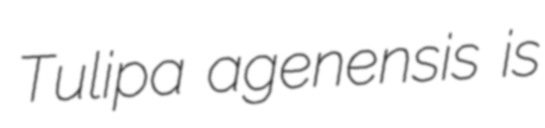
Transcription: Tulipa agenensis is